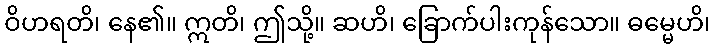
ဝိဟရတိ၊ နေ၏။ ဣတိ၊ ဤသို့။ ဆဟိ၊ ခြောက်ပါးကုန်သော။ ဓမ္မေဟိ၊